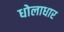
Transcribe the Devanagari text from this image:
धोलाधार